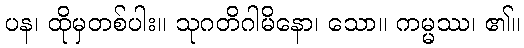
ပန၊ ထိုမှတစ်ပါး။ သုဂတိဂါမိနော၊ သော။ ကမ္မဿ၊ ၏။